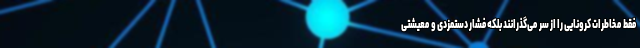
فقط مخاطرات کرونایی را از سر می‌گذرانند بلکه فشار دستمزدی و معیشتی